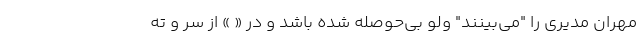
مهران مدیری را "می‌بینند" ولو بی‌حوصله شده باشد و در « » از سر و ته